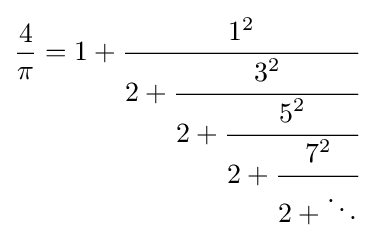
{\frac {4}{\pi }}=1+{\cfrac {1^{2}}{2+{\cfrac {3^{2}}{2+{\cfrac {5^{2}}{2+{\cfrac {7^{2}}{2+\ddots }}}}}}}}